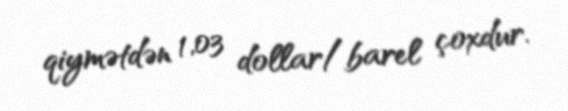
qiymətdən 1,03 dollar/barel çoxdur.